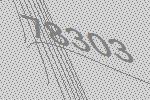
78303